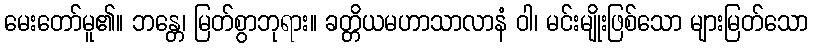
မေးတော်မူ၏။ ဘန္တေ၊ မြတ်စွာဘုရား။ ခတ္တိယမဟာသာလာနံ ဝါ၊ မင်းမျိုးဖြစ်သော များမြတ်သော